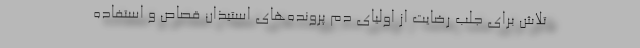
تلاش برای جلب رضایت از اولیای دم پرونده‌های استیذان قصاص و استفاده